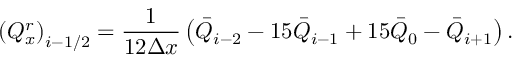
{ { \left( Q _ { x } ^ { r } \right) } _ { i - 1 / 2 } } = \frac { 1 } { 1 2 \Delta x } \left( { { { \bar { Q } } } _ { i - 2 } } - 1 5 { { { \bar { Q } } } _ { i - 1 } } + 1 5 { { { \bar { Q } } } _ { 0 } } - { { { \bar { Q } } } _ { i + 1 } } \right) .